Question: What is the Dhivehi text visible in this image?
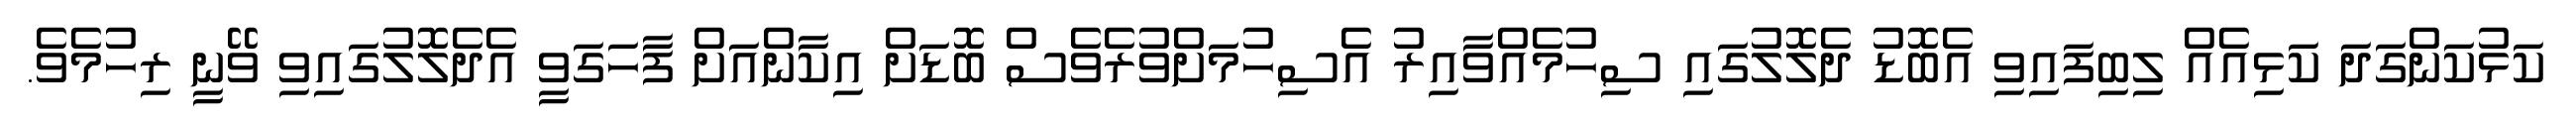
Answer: ކަޅުކަންގަދަ ކަޅިއެއް ލިބިފައިވި އެބޮޑު ދެލޮލުގައި ސިހުމެއްވާއިރު އެސިހުމަށްވުރެވެސް ބޮޑަށް އިކާންއަށް ފާހަގަވީ އެދެލޮލުގައިވި ވޭނީ ރިހުމެވެ.